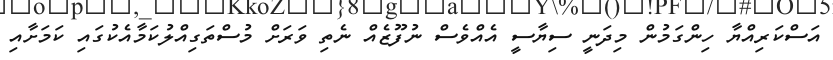
އަސްކަރިއްޔާ ހިންގަމުން މިދަނީ ސިޔާސީ އެއްވެސް ނުފޫޒެއް ނެތި ވަރަށް މުސްތަގިއްލުކަމާއެކުގައި ކަމަށާއި